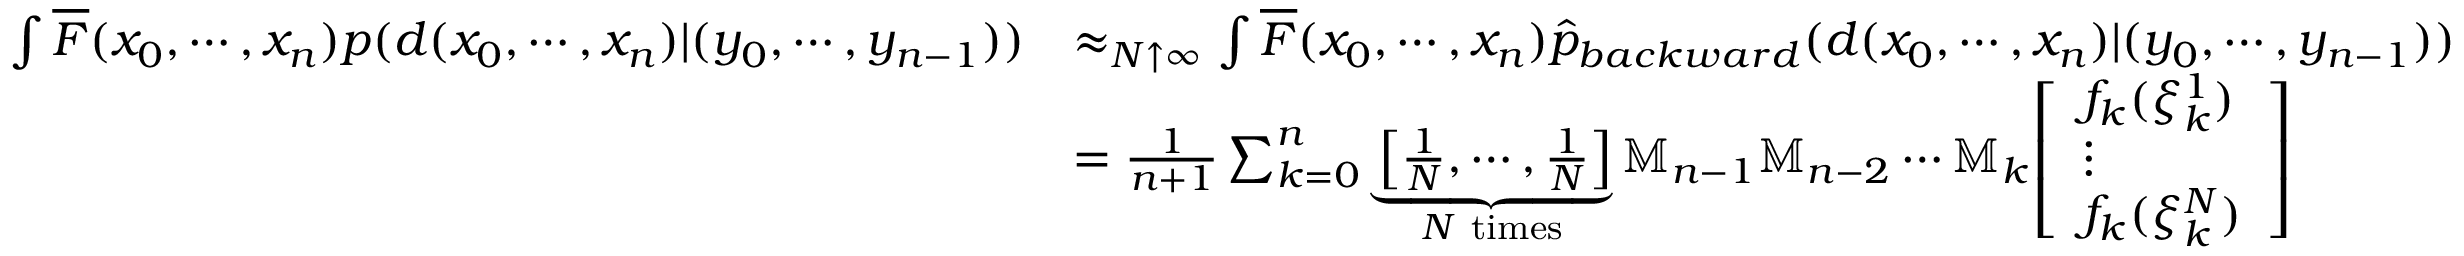
{ \begin{array} { r l } { \int { \overline { { F } } } ( x _ { 0 } , \cdots , x _ { n } ) p ( d ( x _ { 0 } , \cdots , x _ { n } ) | ( y _ { 0 } , \cdots , y _ { n - 1 } ) ) } & { \approx _ { N \uparrow \infty } \int { \overline { { F } } } ( x _ { 0 } , \cdots , x _ { n } ) { \widehat { p } } _ { b a c k w a r d } ( d ( x _ { 0 } , \cdots , x _ { n } ) | ( y _ { 0 } , \cdots , y _ { n - 1 } ) ) } \\ & { = { \frac { 1 } { n + 1 } } \sum _ { k = 0 } ^ { n } \underbrace { \left[ { \frac { 1 } { N } } , \cdots , { \frac { 1 } { N } } \right] } _ { N { \mathrm { ~ t i m e s } } } \mathbb { M } _ { n - 1 } \mathbb { M } _ { n - 2 } \cdots \mathbb { M } _ { k } { \left[ \begin{array} { l } { f _ { k } ( \xi _ { k } ^ { 1 } ) } \\ { \vdots } \\ { f _ { k } ( \xi _ { k } ^ { N } ) } \end{array} \right] } } \end{array} }